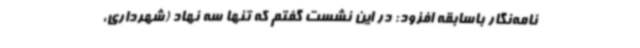
نامه‌نگار باسابقه افزود: در این نشست گفتم که تنها سه نهاد (شهرداری،